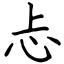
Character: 忐